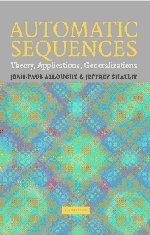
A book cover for Automatic Sequences: Theory, Applications, Generalizations; Jean-Paul Allouche; Science & Math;